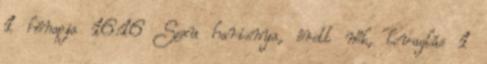
1 hónapja 16:16 Sexu harisnya, érett nők, lovaglás 1